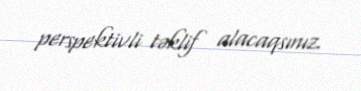
perspektivli təklif alacaqsınız.